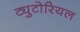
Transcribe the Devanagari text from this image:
ट्युटोरियल